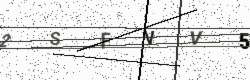
Text: 2SFVV5